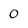
Character: 0